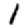
Digit: 1